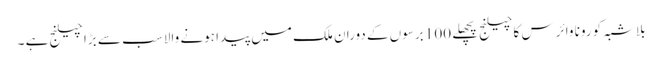
بلاشبہ کورونا وائرس کا چیلنج پچھلے 100 برسوں کے دوران ملک میں پیدا ہونے والا سب سے بڑا چیلنج ہے ۔